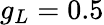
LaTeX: g_{L}=0.5